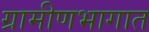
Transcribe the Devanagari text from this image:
ग्रामीणभागात